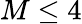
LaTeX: M\leq 4